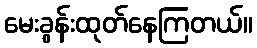
မေးခွန်းထုတ်နေကြတယ်။